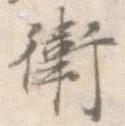
衛